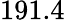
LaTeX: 191.4